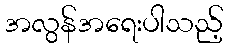
အလွန်အရေးပါသည့်